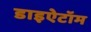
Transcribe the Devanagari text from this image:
डाइऐटॉम